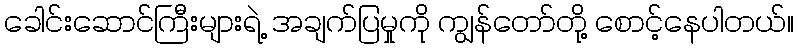
ခေါင်းဆောင်ကြီးများရဲ့ အချက်ပြမှုကို ကျွန်တော်တို့ စောင့်နေပါတယ်။